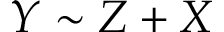
Y \sim Z + X